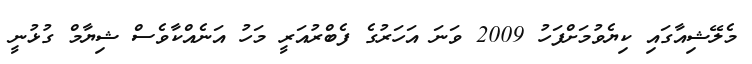
މެލޭޝިއާގައި ކިޔެވުމަށްފަހު 2009 ވަނަ އަހަރުގެ ފެބްރުއަރީ މަހު އަނެއްކާވެސް ޝިޔާމް ގުޅުނީ